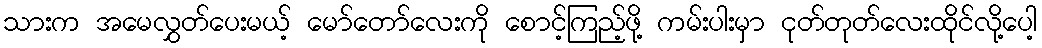
သားက အမေလွှတ်ပေးမယ့် မော်တော်လေးကို စောင့်ကြည့်ဖို့ ကမ်းပါးမှာ ငုတ်တုတ်လေးထိုင်လို့ပေါ့